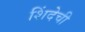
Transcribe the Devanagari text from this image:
शिंदेची